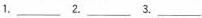
1.\underline 2.\underline 3.\underline